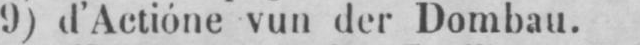
9) d’Actióne vun der Dombau.